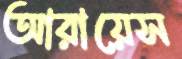
আরায়েস